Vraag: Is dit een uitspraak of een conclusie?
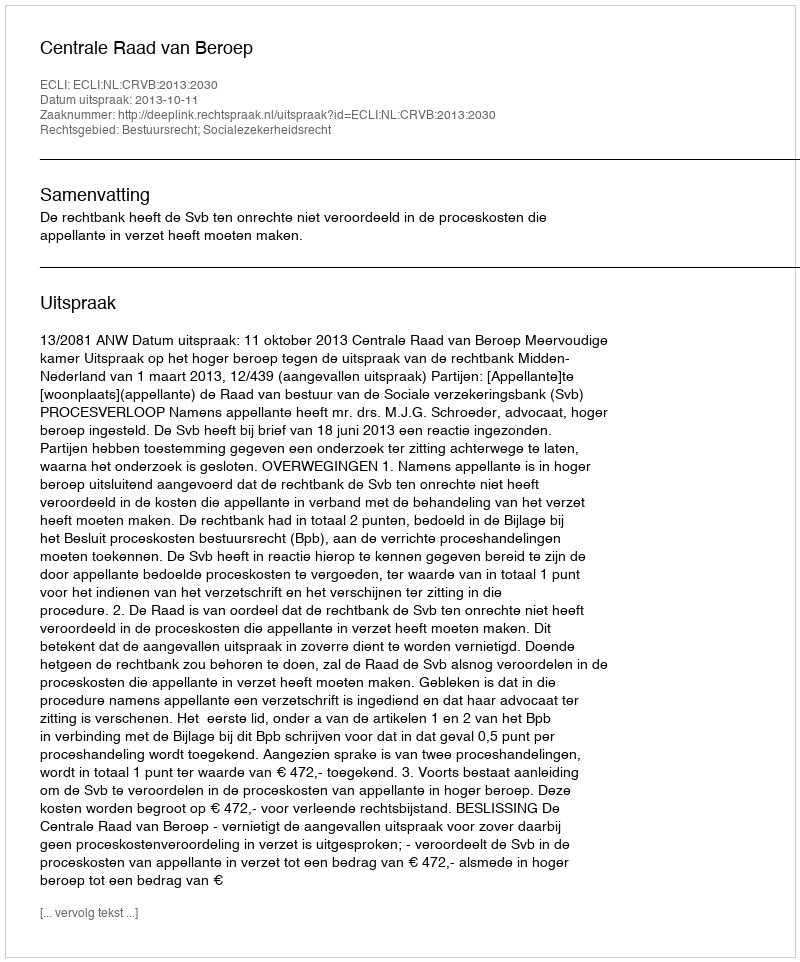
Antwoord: Uitspraak